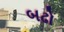
બઢો